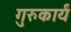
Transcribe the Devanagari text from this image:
गुरुकार्यं